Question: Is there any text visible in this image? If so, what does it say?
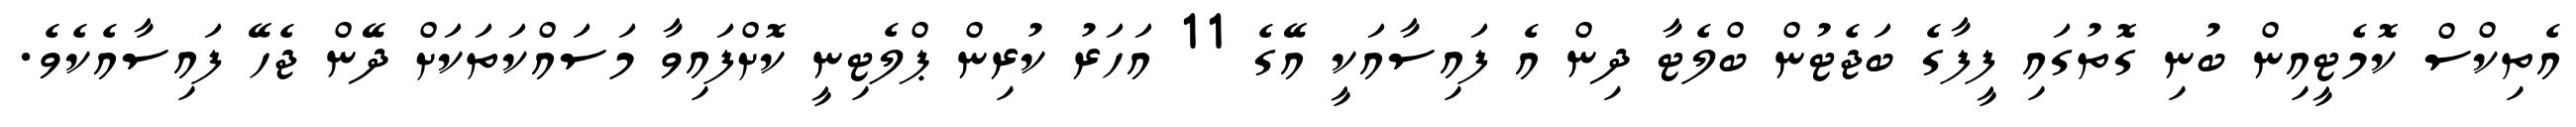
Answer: އެތިކްސް ކޮމެޓީއިން ބުނި ގޮތުގައި ފީފާގެ ބަޖެޓުން ބްލެޓާ ދިން އެ ފައިސާއަކީ އޭގެ 11 އަހަރު ކުރިން ޕްލެޓިނީ ކޮށްފައިވާ މަސައްކަތަކަށް ދޭން ޖެހޭ ފައިސާއެކެވެ.